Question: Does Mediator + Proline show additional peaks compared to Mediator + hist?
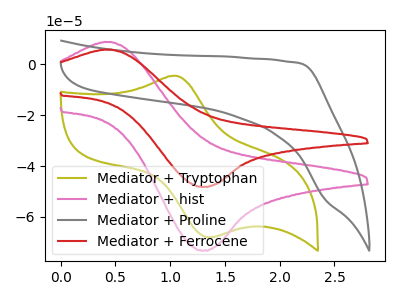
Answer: <think>The olive curve "Mediator + Tryptophan" has an anodic peak at (1.05V, -4.50uA) and a cathodic peak at (1.40V, -67.95uA). The pink curve "Mediator + hist" has an anodic peak at (0.45V, 8.80uA) and a cathodic peak at (1.30V, -73.25uA). The gray curve "Mediator + Proline" has no peaks. The red curve "Mediator + Ferrocene" has an anodic peak at (0.45V, 5.80uA) and a cathodic peak at (1.30V, -48.20uA).
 "Mediator + Proline" and "Mediator + hist" have a different number of peaks.</think>
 <answer>Yes, "Mediator + Proline" and "Mediator + hist" are different in shape.</answer>
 <eval>yes_change</eval>